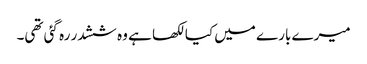
میرے بارے میں کیا لکھا ہے وہ ششدر رہ گئی تھی۔